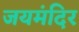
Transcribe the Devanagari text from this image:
जयमंदिर